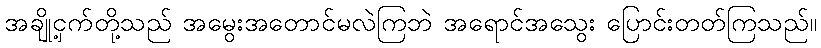
အချို့ငှက်တို့သည် အမွေးအတောင်မလဲကြဘဲ အရောင်အသွေး ပြောင်းတတ်ကြသည်။